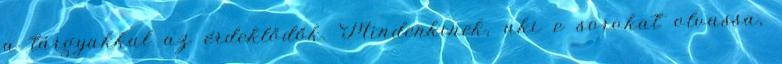
a tárgyakkal az érdeklődők. Mindenkinek, aki e sorokat olvassa,